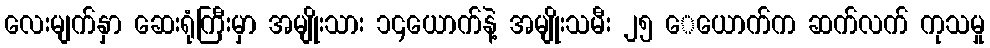
လေးမျက်နှာ ဆေးရုံကြီးမှာ အမျိုးသား ၁၄ယောက်နဲ့ အမျိုးသမီး ၂၅ ေယောက်က ဆက်လက် ကုသမှု